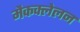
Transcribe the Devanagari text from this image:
मैकक्लेलन